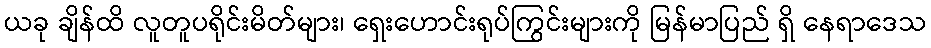
ယခု ချိန်ထိ လူတူပရိုင်းမိတ်များ၊ ရှေးဟောင်းရုပ်ကြွင်းများကို မြန်မာပြည် ရှိ နေရာဒေသ